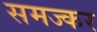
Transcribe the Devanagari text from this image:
समज्कर